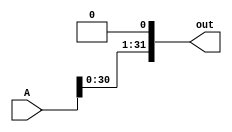
module leftshift_1(A, out);
    input [31:0] A;
    output [31:0] out;

    assign out[31:1] = A[30:0];
    assign out[0] = 1'b0;        
    
endmodule